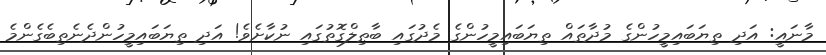
މާނައީ: އަދި ތިޔަބައިމީހުންގެ މުދާތައް ތިޔަބައިމީހުންގެ މެދުގައި ބާޠިލްގޮތުގައި ނުކާށެވެ! އަދި ތިޔަބައިމީހުންދެނެތިބެގެންމެ